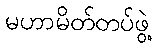
မဟာမိတ်တပ်ဖွဲ့